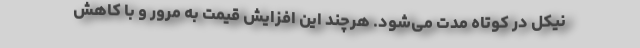
نیکل در کوتاه مدت می‌شود. هرچند این افزایش قیمت به مرور و با کاهش